Annual returns of the Patna Lunatic Asylum at Bankipore in Bihar and Orissa - 1912-1924
Year: 1912
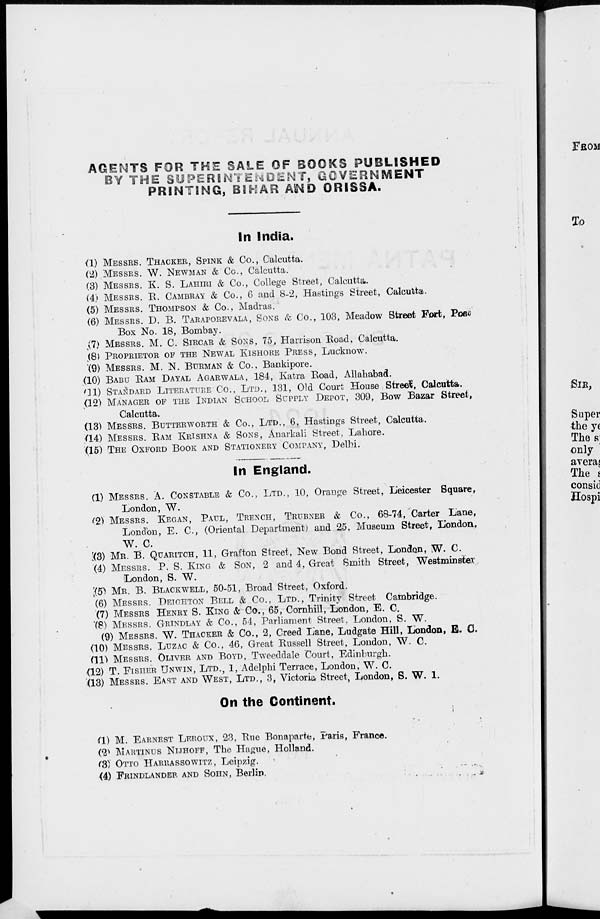
AGENTS FOR THE SALE OF BOOKS PUBLISHED
BY THE SUPERINTENDENT, GOVERNMENT
PRINTING, BIHAR AND ORISSA.
In India.
(1) MESSER. THACKER, SPINK & Co., Calcutta.
(2) MESSER. W. NEWMAN & Co., Calcutta.
(3) MESSER. K. S. LAHIRI & Co., College Street, Calcutta.
(4) MESSER. R. CAMBRAY & Co., 6 and 8-2, Hastings Street, Calcutta.
(5) MESSER. THOMPSON & Co., Madras.
(6) MESSER. D. B. TARAPOREVALA, SONS & Co., 103, Meadow Street Fort, Post
Box No. 18, Bombay.
(7) MESSER. M. C. SIRCAR & SONS, 75, Harrison Road, Calcutta.
(8) PROPRIETOR OF THE NEWAL KISHORE PRESS, Lucknow.
(9) MESSER. M. N. BURMAN & Co., Bankipore.
(10) BABU RAM DAYAL AGARWALA, 184, Katra Road, Allahabad.
(11) STANDARD LITERATURE CO., LTD., 131, Old Court House Street, Calcutta.
(12) MANAGER OF THE INDIAN SCHOOL SUPPLY DEPOT, 309, Bow Bazar Street,
Calcutta.
(13) MESSER. BUTTERWORTH & Co., LTD., 6, Hastings Street, Calcutta.
(14) MESSER. RAM KRISHNA & SONS, Anarkali Street, Lahore.
(15) THE OXFORD BOOK AND STATIONERY COMPANY, Delhi.
In England.
(1) MESSER. A. CONSTABLE & Co., LTD., 10, Orange Street, Leicester Square,
London, W.
(2) MESSER. KEGAN, PAUL, TRENCH, TRUBNER & Co., 68-74, Carter Lane,
London, E. C., (Oriental Department) and 25, Museum Street, London,
W. C.
(3) MR. B. QUARITCH, 11, Grafton Street, New Bond Street, London, W. C.
(4) MESSER. P. S. KING & SON, 2 and 4, Great Smith Street, Westminster
London, S. W.
(5) MR. B. BLACKWELL, 50-51, Broad Street, Oxford.
(6) MESSER. DEIGHTON BELL & Co., LTD., Trinity Street Cambridge.
(7) MESSER HENRY S. KING & Co., 65, Cornhill, London, E. C.
(8) MESSER. GRINDLAY & Co., 54, Parliament Street. London, S. W.
(9) MESSER. W. THACKER & Co., 2, Creed Lane, Ludgate Hill, London, E. C.
(10) MESSER. LUZAC & Co., 46, Great Russell Street, London, W. C.
(11) MESSER. OLIVER AND BOYD, Tweeddale Court, Edinburgh.
(12) T. FISHER UNWIN, LTD., 1, Adelphi Terrace, London, W. C.
(13) MESSER. EAST AND WEST, LTD., 3, Victoria Street, London, S. W. 1.
On the Continent.
(1) M. EARNEST LEROUX, 23, Rue Bonaparte, Paris, France.
(2) MARTINUS NIJHOFF, The Hague, Holland.
(3) OTTO HARRASSOWITZ, Leipzig.
(4) FRINDLANDER AND SOHN, Berlin.